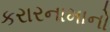
કરારનામાનો